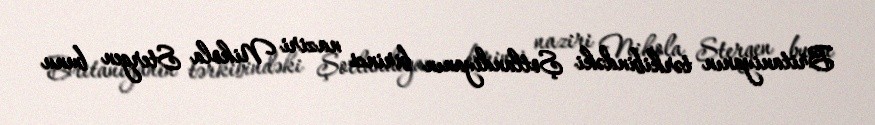
Britaniyanın tərkibindəki Şotlandiyanın birinci naziri Nikola Stergen bunu